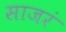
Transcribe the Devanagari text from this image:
साजरं